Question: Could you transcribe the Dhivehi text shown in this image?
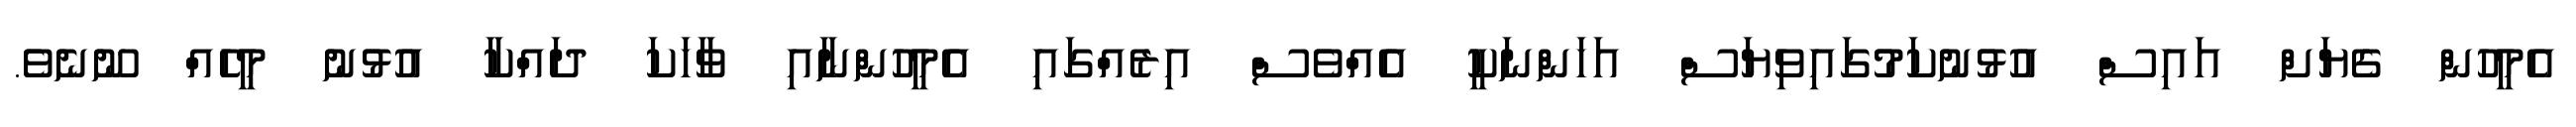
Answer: އެމީހުން ގެޔަށް އައިސް އުޅުނުކަމުގައިވިޔަސް އަހަންނަކީ އެއްވެސް އިރެއްގައި އެމީހުންނާއި ވާހަކަ ދައްކާ އުޅުނު މީހެއް ނޫނެވެ.